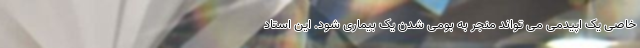
خاصی یک اپیدمی می تواند منجر به بومی شدن یک بیماری شود. این استاد